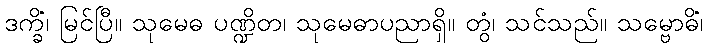
ဒက္ခိံ၊ မြင်ပြီ။ သုမေဓ ပဏ္ဍိတ၊ သုမေဓာပညာရှိ။ တွံ၊ သင်သည်။ သမ္ဗောဓိံ၊